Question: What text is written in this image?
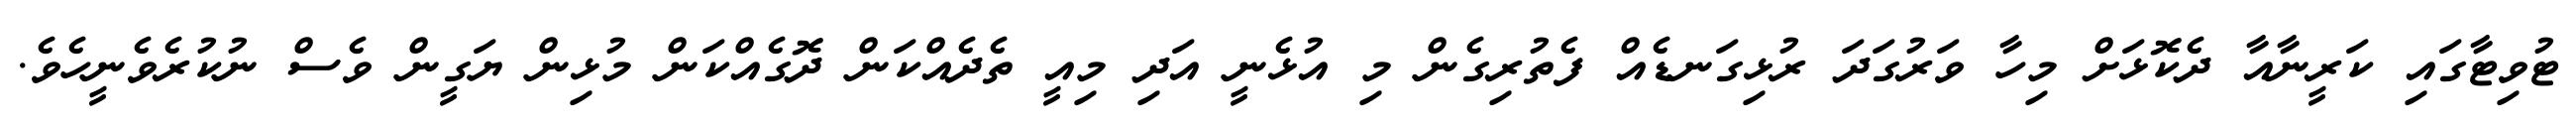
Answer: ޓުވިޓާގައި ކަރީނާއާ ދެކޮޅަށް މިހާ ވަރުގަދަ ރުޅިގަނޑެއް ފެތުރިގެން މި އުޅެނީ އަދި މިއީ ތެދެއްކަން ދޮގެއްކަން މުޅިން ޔަގީން ވެސް ނުކުރެވެނީހެވެ.